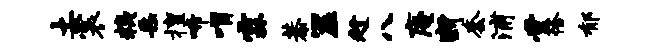
土裳糗采擅啼喟霖恭筮趁八庵断套浦堂恰郁